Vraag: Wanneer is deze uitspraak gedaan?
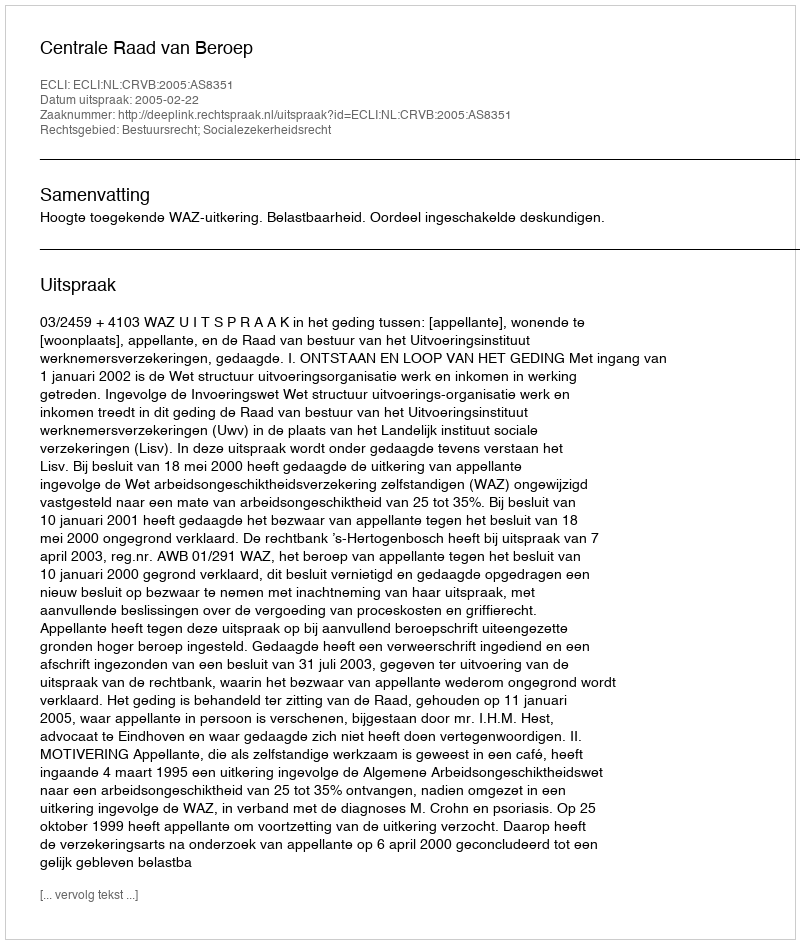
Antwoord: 2005-02-22